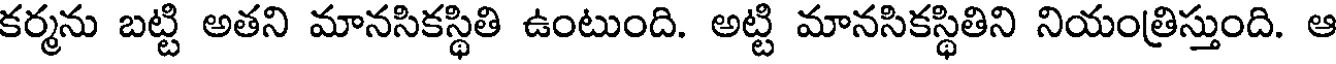
కర్మను బట్టి అతని మానసికస్థితి ఉంటుంది. అట్టి మానసికస్థితిని నియంత్రిస్తుంది. ఆ